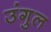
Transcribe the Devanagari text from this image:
उंगुल